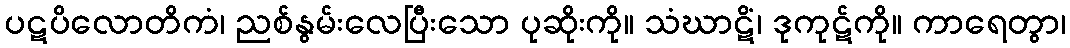
ပဋပိလောတိကံ၊ ညစ်နွမ်းလေပြီးသော ပုဆိုးကို။ သံဃာဋိံ၊ ဒုကုဋ်ကို။ ကာရေတွာ၊